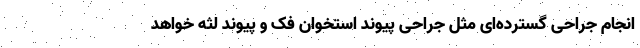
انجام جراحی گسترده‌‌ای مثل جراحی پیوند استخوان فک و پیوند لثه خواهد